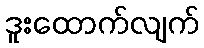
ဒူးထောက်လျက်